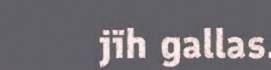
jïh gallas.